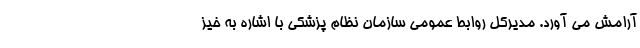
آرامش می آورد. مدیرکل روابط عمومی سازمان نظام پزشکی با اشاره به خیز